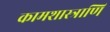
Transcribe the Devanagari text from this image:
कामशास्त्राणि